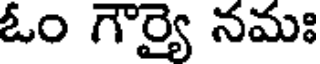
ఓం గౌర్యై నమః